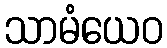
သာမံယေဝ